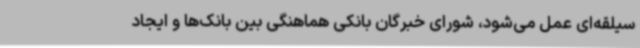
سیلقه‌ای عمل می‌شود، شورای خبرگان بانکی هماهنگی بین بانک‌ها و ایجاد